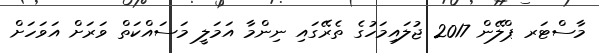
މާސްޓަރ ޕްލޭން 2017 ޖުލައިމަހުގެ ތެރޭގައި ނިންމާ އަމަލީ މަސައްކަތް ވަރަށް އަވަހަށް